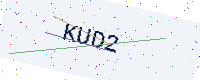
Text: KUD2